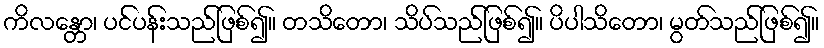
ကိလန္တော၊ ပင်ပန်းသည်ဖြစ်၍။ တသိတော၊ သိပ်သည်ဖြစ်၍။ ပိပါသိတော၊ မွတ်သည်ဖြစ်၍။